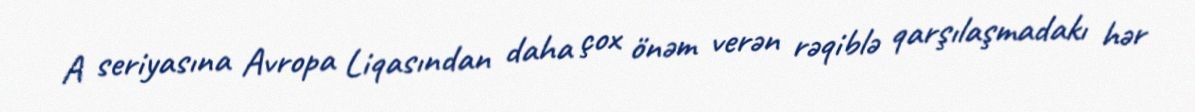
A seriyasına Avropa Liqasından daha çox önəm verən rəqiblə qarşılaşmadakı hər